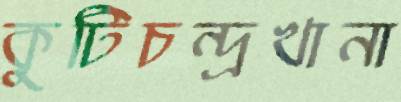
কুটিচন্দ্রখানা